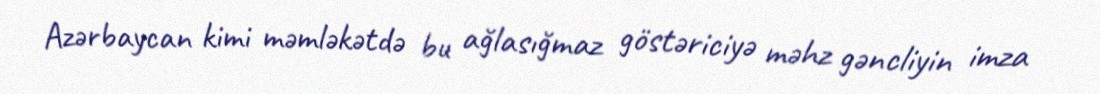
Azərbaycan kimi məmləkətdə bu ağlasığmaz göstəriciyə məhz gəncliyin imza